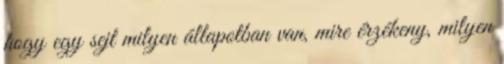
hogy egy sejt milyen állapotban van, mire érzékeny, milyen